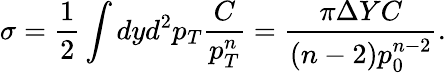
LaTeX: \sigma=\frac{1}{2}\int dyd^{2}p_{T}\frac{C}{p_{T}^{n}}=\frac{\pi\Delta YC}{(n-2)p_{0}^{n-2}}.